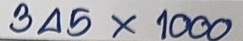
345 x 1000